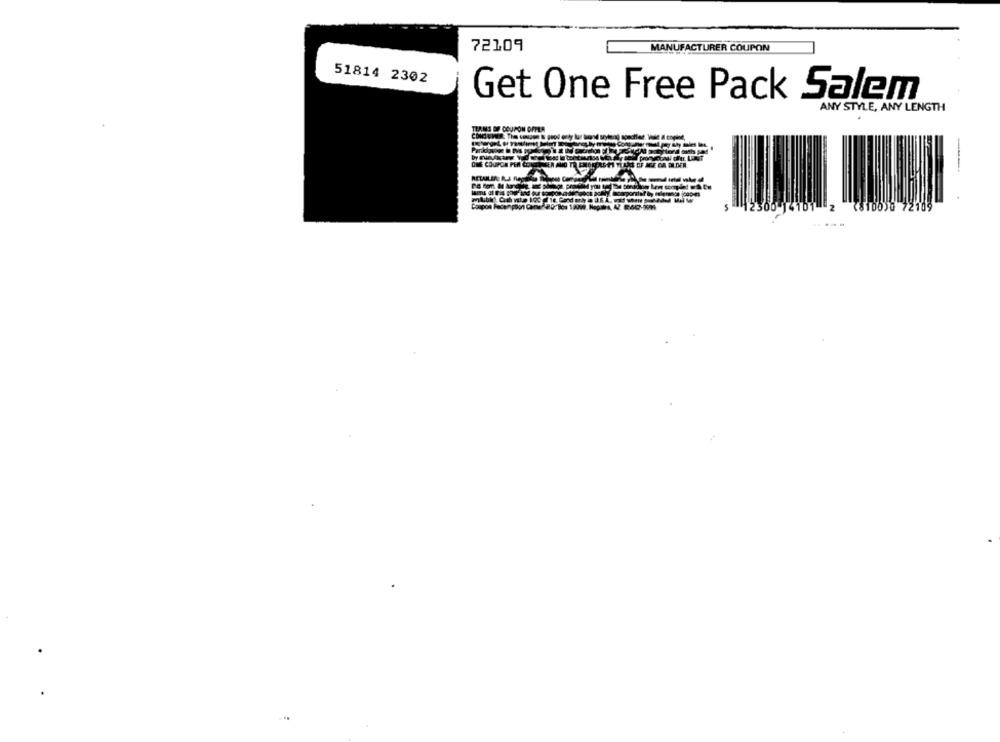
72109
MANUFACTURER COUPON
51814 2302
Get One Free Pack Salem
ANY STYLE, ANY LENGTH
1 2 (8100)0 72109